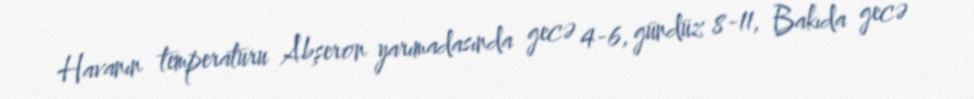
Havanın temperaturu Abşeron yarımadasında gecə 4-6, gündüz 8-11, Bakıda gecə